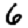
Digit: 6